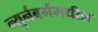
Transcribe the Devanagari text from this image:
न्युर्नबर्गमधील